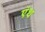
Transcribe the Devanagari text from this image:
एंथ